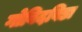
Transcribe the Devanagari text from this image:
गोविदविडा